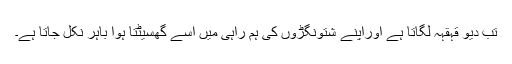
تب دیو قہقہہ لگاتا ہے اوراپنے شتونگڑوں کی ہم راہی میں اسے گھسیٹتا ہوا باہر نکل جاتا ہے۔